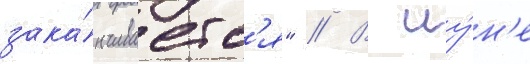
зака́нчиваетс'я" // В иу́н'е